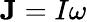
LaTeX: {\mathbf J}=I\omega